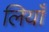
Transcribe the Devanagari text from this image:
लियाँ